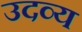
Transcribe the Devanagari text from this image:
उदव्य